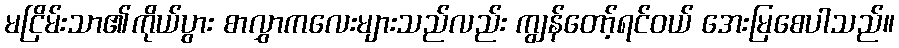
မငြိမ်းသာ၏ကိုယ်ပွား စာလွှာကလေးများသည်လည်း ကျွန်တော့်ရင်ဝယ် အေးမြစေပါသည်။